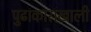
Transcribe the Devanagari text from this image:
पुढाकाराखाली